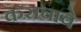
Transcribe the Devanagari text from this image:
कराचाचे